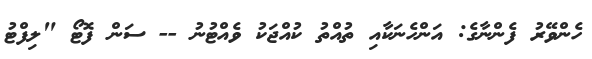
ހެންވޭރު ފެންނާގެ: އަންހެނަކާއި ތުއްތު ކުއްޖަކު ވެއްޓުނު -- ސަން ފޮޓޯ "ލިފްޓު